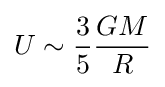
U\sim {\frac {3}{5}}{\frac {GM}{R}}